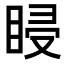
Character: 𥆷